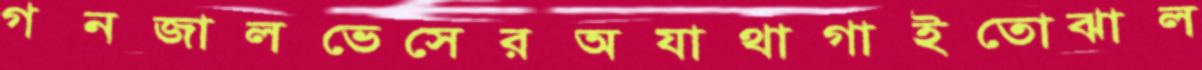
গনজালভেসেরঅযাথাগাইতোঝাল